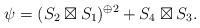
LaTeX: \begin{align*}\psi = (S_2 \boxtimes S_1)^{\oplus 2} + S_4 \boxtimes S_3.\end{align*}